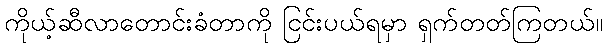
ကိုယ့်ဆီလာတောင်းခံတာကို ငြင်းပယ်ရမှာ ရှက်တတ်ကြတယ်။